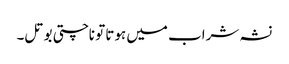
نشہ شراب میں ہوتا تو ناچتی بوتل۔